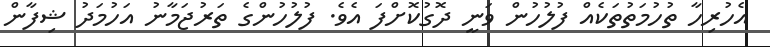
އެހުރިހާ ތުހުމަތުތަކެއް ފުލުހުން ވަނީ ދޮގުކޮށްފަ އެވެ. ފުލުހުންގެ ތަރުޖަމާނު އަހުމަދު ޝިފާން